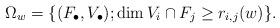
LaTeX: \begin{align*} \Omega_w = \{(F_\bullet,V_\bullet); \dim V_i\cap F_j\geq r_{i,j}(w)\}. \end{align*}